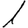
Digit: 1